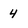
Character: 4